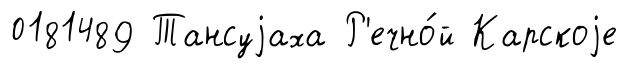
0181489 Тансуjаха Р'ечно́й Карскоjе